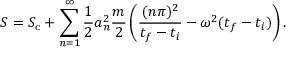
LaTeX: S = S _ { \mathrm { c } } + \sum _ { n = 1 } ^ { \infty } { \frac { 1 } { 2 } } a _ { n } ^ { 2 } { \frac { m } { 2 } } \left( { \frac { ( n \pi ) ^ { 2 } } { t _ { f } - t _ { i } } } - \omega ^ { 2 } ( t _ { f } - t _ { i } ) \right) .